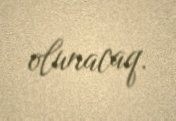
olunacaq.